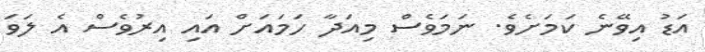
އަޑު އިވޭނެ ކަމަށެެވެ. ނަމަވެސް މިއަދާ ހަމައަށް އައި އިރުވެސް އެ ލަވަ